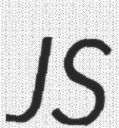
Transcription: JS